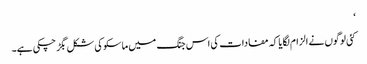
‘
کئی لوگوں نے الزام لگایا کہ مفادات کی اس جنگ میں ماسکو کی شکل بگڑ چکی ہے۔